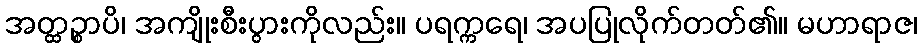
အတ္ထဉ္စာပိ၊ အကျိုးစီးပွားကိုလည်း။ ပရက္ကရေ၊ အပပြုလိုက်တတ်၏။ မဟာရာဇ၊